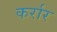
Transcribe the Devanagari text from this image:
कर्रार